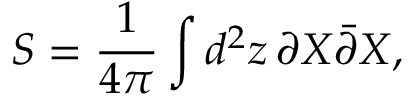
S = \frac { 1 } { 4 \pi } \int d ^ { 2 } z \, \partial X \bar { \partial } X ,